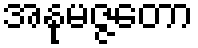
အနုမဇ္ဇတော